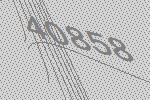
40858